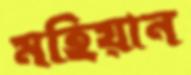
মহিয়ান